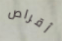
أقراص